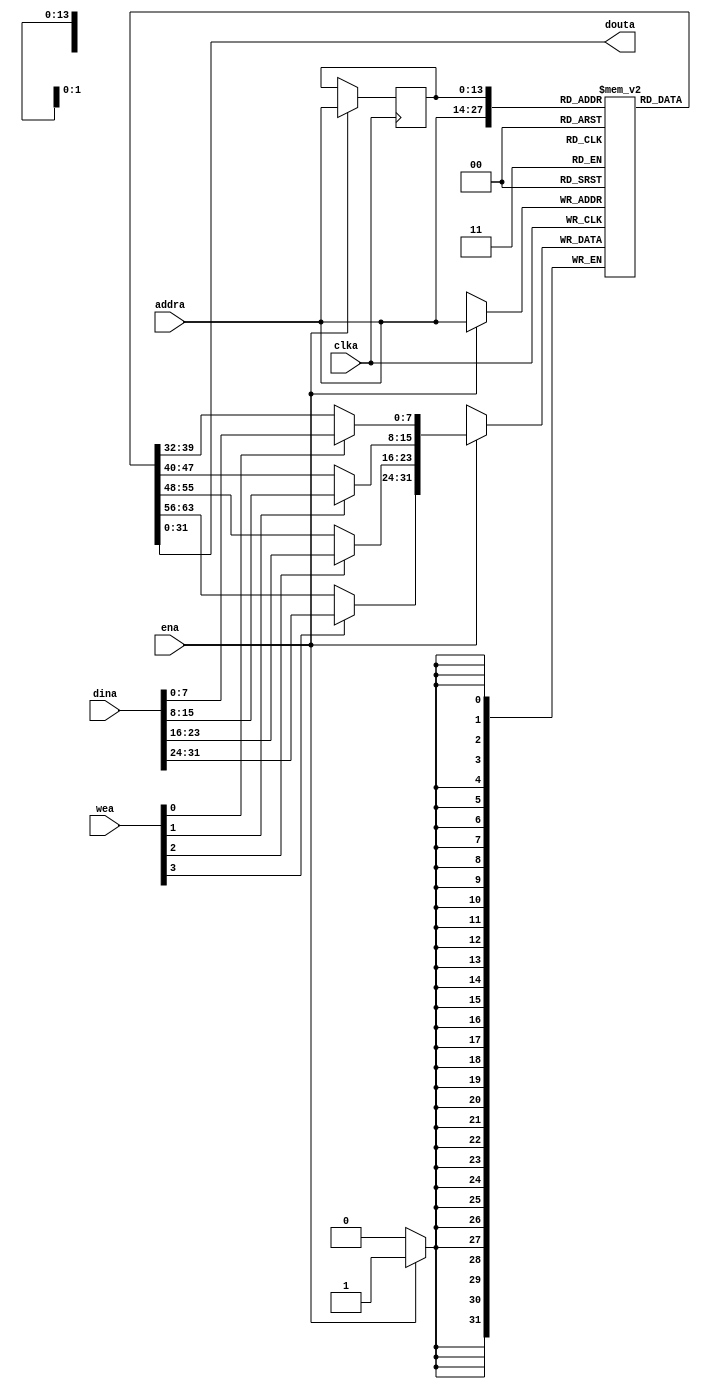
// ----------------------------------------------------------------------------
//
// ----------------------------------------------------------------------------
// PROJECT        : Selen
// AUTHOR'S EMAIL :
// ----------------------------------------------------------------------------
// DESCRIPTION    : SRAM single-port with byte-enable
//                  verilog model, syncronous read
// ----------------------------------------------------------------------------

`ifndef INC_SRAM_SP_BE_MODEL
`define INC_SRAM_SP_BE_MODEL

module sram_sp_be
#(
	parameter WIDTH = 32,
	parameter DEPTH = 10234
)
(
	input 											clka,
	input 											ena,
	input  [WIDTH/8-1:0]				wea,
	input  [$clog2(DEPTH)-1:0] 	addra,
	input  [WIDTH-1:0] 					dina,
	output [WIDTH-1:0]          douta
);

	reg [WIDTH-1:0] ram [0:DEPTH-1];
	reg [$clog2(DEPTH)-1:0] addr_r;

	wire [WIDTH-1:0] mask_data;

	genvar i;
	generate
		for(i = 0; i < WIDTH/8; i = i + 1) begin
			assign mask_data[i*8+:8] = (wea[i]) ? dina[i*8+:8] : ram[addra][i*8+:8];
		end
	endgenerate

	// Port A
	always @(posedge clka) begin
		if(ena) begin
			ram[addra] <= mask_data;
			addr_r <= addra;
		end
	end

	assign douta = ram[addr_r];

endmodule

`endif